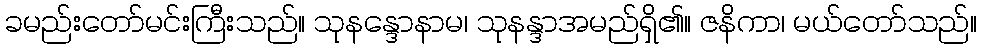
ခမည်းတော်မင်းကြီးသည်။ သုနန္ဒောနာမ၊ သုနန္ဒာအမည်ရှိ၏။ ဇနိကာ၊ မယ်တော်သည်။